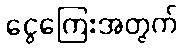
ငွေကြေးအတွက်